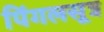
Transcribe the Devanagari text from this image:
पिंगलसूत्र